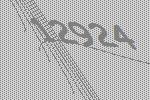
12924